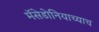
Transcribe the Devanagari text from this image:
मॅसेडोनियाच्याच